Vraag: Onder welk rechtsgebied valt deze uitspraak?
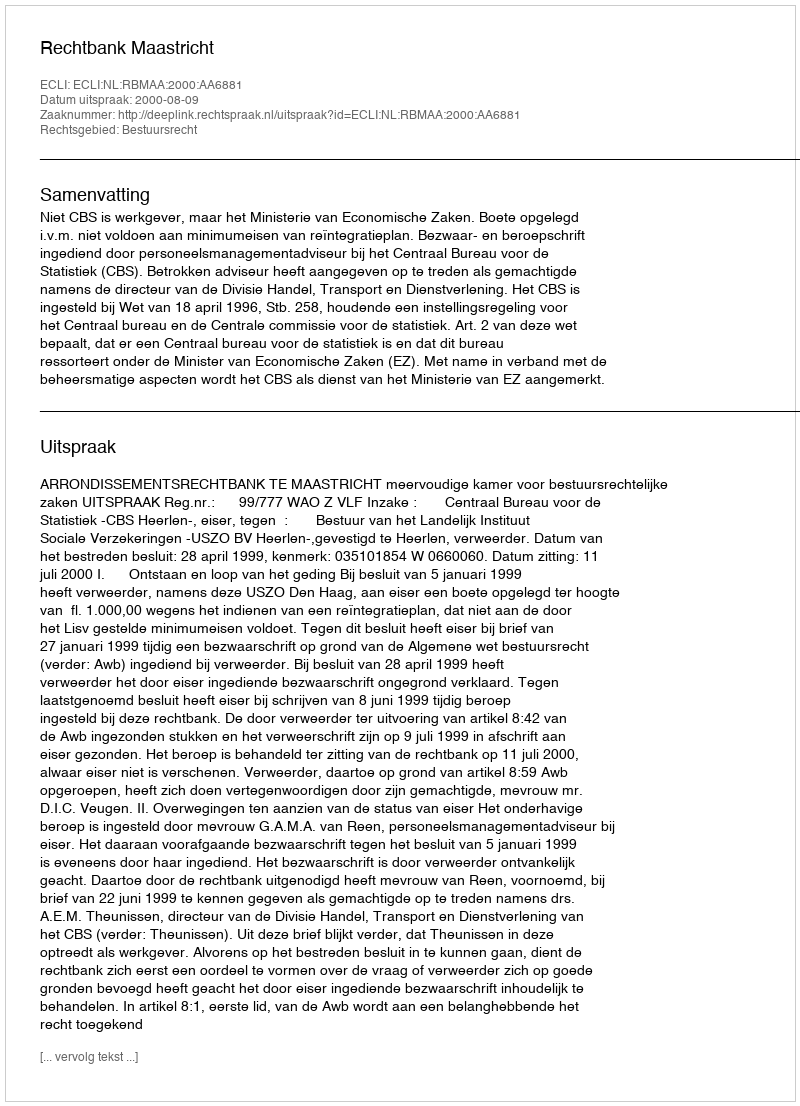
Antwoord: Bestuursrecht